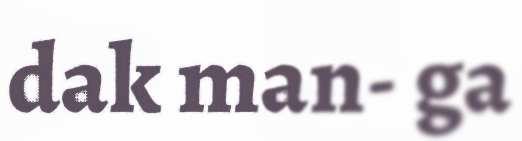
dak man- ga